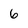
Character: 6